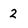
Character: 2